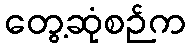
တွေ့ဆုံစဉ်က